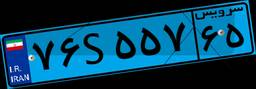
۷۶S۵۵۷۶۵